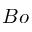
B o